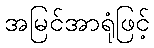
အမြင်အာရုံဖြင့်